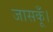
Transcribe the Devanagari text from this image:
जासकूँ।